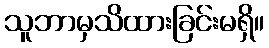
သူဘာမှသိထားခြင်းမရှိ။